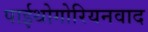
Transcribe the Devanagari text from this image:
पाईथोगोरियनवाद